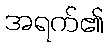
အရက်၏